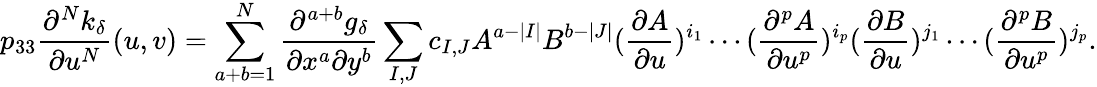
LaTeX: p_{33}\frac{\partial^{N}k_{\delta}}{\partial u^{N}}(u,v)=\sum_{a+b=1}^{N}\frac{\partial^{a+b}g_{\delta}}{\partial x^{a}\partial y^{b}}\sum_{I,J}c_{I,J}A^{a-|I|}B^{b-|J|}(\frac{\partial A}{\partial u})^{i_{1}}\cdots(\frac{\partial^{p}A}{\partial u^{p}})^{i_{p}}(\frac{\partial B}{\partial u})^{j_{1}}\cdots(\frac{\partial^{p}B}{\partial u^{p}})^{j_{p}}.